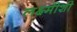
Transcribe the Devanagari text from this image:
लक्ष्मीशी